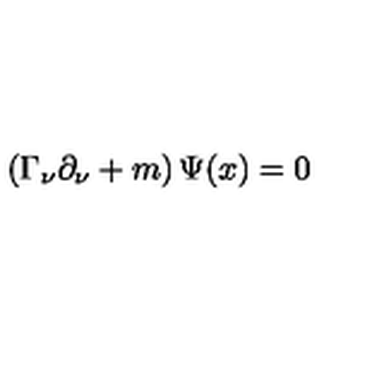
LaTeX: \left( \Gamma _ { \nu } \partial _ { \nu } + m \right) \Psi ( x ) = 0